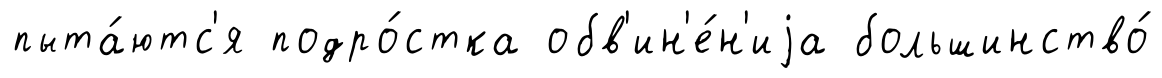
пыта́ютс'я подро́стка обв'ин'е́н'иjа большинство́